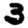
Digit: 3